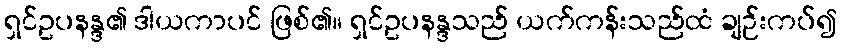
ရှင်ဥပနန္ဒ၏ ဒါယကာပင် ဖြစ်၏။ ရှင်ဥပနန္ဒသည် ယက်ကန်းသည်ထံ ချဉ်းကပ်၍